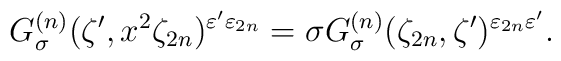
G_{\sigma}^{(n)} (\zeta', x^{2}\zeta_{2n})^{\varepsilon' \varepsilon_{2n}}=\sigma G_{\sigma}^{(n)} (\zeta_{2n}, \zeta')^{\varepsilon_{2n}\varepsilon'}.